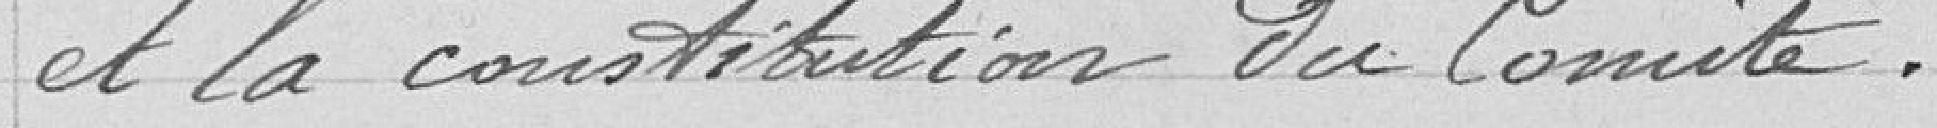
et la constitution du comité.